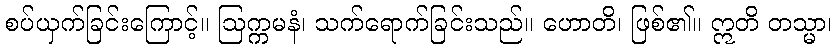
စပ်ယှက်ခြင်းကြောင့်။ ဩက္ကမနံ၊ သက်ရောက်ခြင်းသည်။ ဟောတိ၊ ဖြစ်၏။ ဣတိ တသ္မာ၊